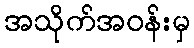
အသိုက်အဝန်းမှ